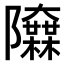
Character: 𨽬